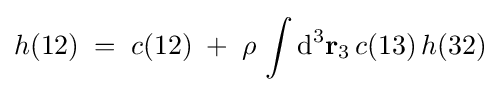
h(12)\;=\;c(12)\;+\;\rho \,\int {\text{d}}^{3}\mathbf {r} _{3}\,c(13)\,h(32)